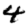
Digit: 4